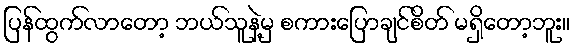
ပြန်ထွက်လာတော့ ဘယ်သူနဲ့မှ စကားပြောချင်စိတ် မရှိတော့ဘူး။